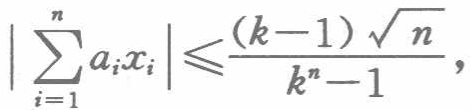
\(\left|\sum_{i = 1}^{n} a_{i}x_{i}\right| \leqslant \frac{(k - 1)\sqrt{n}}{k^{n}-1},\)